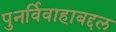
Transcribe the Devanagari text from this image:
पुनर्विवाहाबद्दल